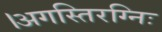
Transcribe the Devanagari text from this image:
।अगस्तिरग्निः